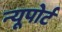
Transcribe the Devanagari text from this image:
न्‍यूपोर्ट